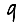
Digit: 9